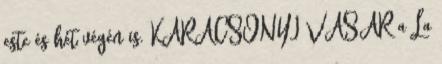
este és hét végén is. KARÁCSONYI VÁSÁR a La